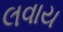
લવાય